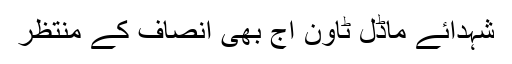
شہدائے ماڈل ٹاؤن آج بھی انصاف کے منتظر